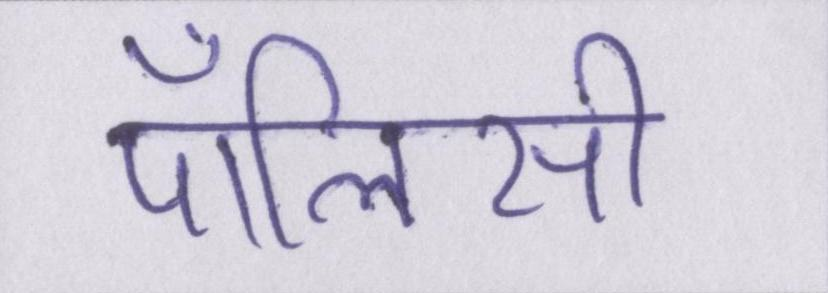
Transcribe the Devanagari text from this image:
पॉलिसी